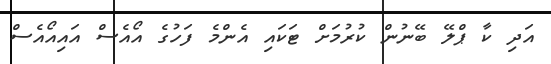
އަދި ކާ ޕްލޭ ބޭނުން ކުރުމަށް ޓަކައި އެންމެ ފަހުގެ އޯއެސް އައިއޯއެސް